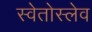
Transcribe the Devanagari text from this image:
स्वेतोस्लेव